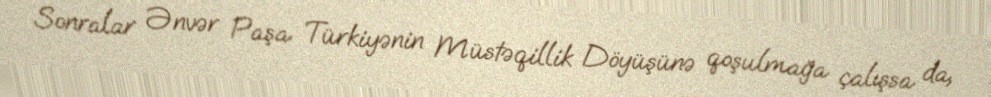
Sonralar Ənvər Paşa Türkiyənin Müstəqillik Döyüşünə qoşulmağa çalışsa da,